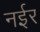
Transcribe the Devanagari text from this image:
नईर